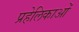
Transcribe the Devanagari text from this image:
प्रहेलिकाओं